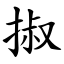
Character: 掓